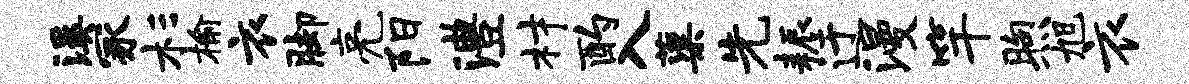
溪冢杉榆衣脚亮阳澧材酌入蕖先耨迂漫竿煦旭衣